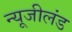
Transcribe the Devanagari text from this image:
न्यूजीलंड